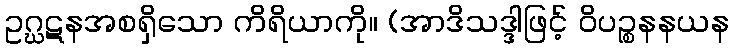
ဥဂ္ဃဋနအစရှိသော ကိရိယာကို။ (အာဒိသဒ္ဒါဖြင့် ဝိပဉ္စနနယန